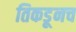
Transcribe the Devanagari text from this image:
तिकडूनच